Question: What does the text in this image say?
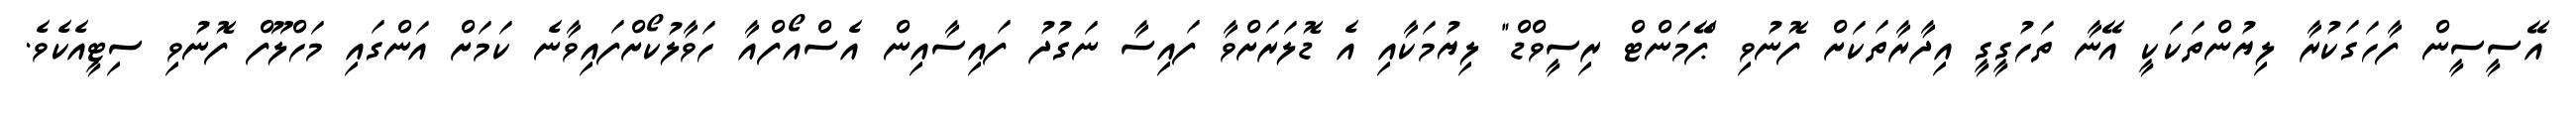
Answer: އޭސީސީން ފާހަގަކުރާ ލިޔުންތަކަކީ އޭނާ ތަހުގީގީ އިދާރާތަކަށް ފޮނުވި "ޕޭމަންޓް ރިސީވްޑް" ލިޔުމަކާއި އެ ޑޮލަރަށްވާ ފައިސާ ނަގުދު ފައިސާއިން އެސްއޯފްއާ ހަވާލުކޯށްފައިވާނެ ކަމަށް އަންގައި މަހްލޫފް ފޮނުވި ސިޓީއެކެވެ.